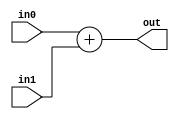
module adder (in0, in1, out);
	parameter width = 32;
	input wire [width-1:0] in0;
	input wire [width-1:0] in1;
	output wire [width-1:0] out;
	
	assign out = in0 + in1;
	
endmodule